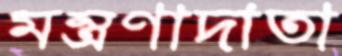
মন্ত্রণাদাতা